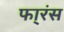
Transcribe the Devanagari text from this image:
फा्रंस